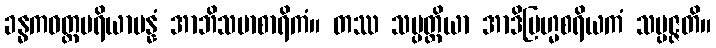
ခန္ဓကဝတ္တပရိယာပန္နံ အာဘိသမာစာရိကံ။ တဿ သမ္ပတ္တိယာ အာဒိဗြဟ္မစရိယကံ သမ္ပဇ္ဇတိ။